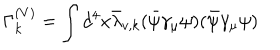
\Gamma _ { k } ^ { ( V ) } = \int d ^ { 4 } x \bar { \lambda } _ { v , k } ( \bar { \psi } \gamma _ { \mu } \psi ) ( \bar { \psi } \gamma _ { \mu } \psi )